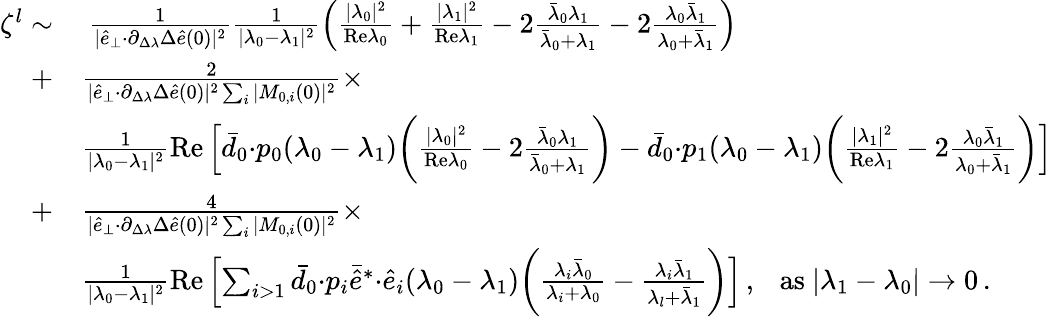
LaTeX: \begin{array}{rl}{\zeta^{l}\sim}&{~\frac{1}{\vert\hat{e}_{\perp}{\cdot}\partial_{\Delta\lambda}\Delta\hat{e}(0)\vert^{2}}\frac{1}{\vert\lambda_{0}-\lambda_{1}\vert^{2}}\left(\frac{\vert\lambda_{0}\vert^{2}}{\mathrm{Re}\lambda_{0}}+\frac{\vert\lambda_{1}\vert^{2}}{\mathrm{Re}\lambda_{1}}-2\frac{\bar{\lambda}_{0}\lambda_{1}}{\bar{\lambda}_{0}+\lambda_{1}}-2\frac{\lambda_{0}\bar{\lambda}_{1}}{\lambda_{0}+\bar{\lambda}_{1}}\right)}\\ {+}&{\frac{2}{\vert\hat{e}_{\perp}{\cdot}\partial_{\Delta\lambda}\Delta\hat{e}(0)\vert^{2}\sum_{i}\vert M_{0,i}(0)\vert^{2}}\times}\\ &{\frac{1}{\vert\lambda_{0}-\lambda_{1}\vert^{2}}\mathrm{Re}\left[\bar{d}_{0}{\cdot}p_{0}(\lambda_{0}-\lambda_{1})\bigg(\frac{\vert\lambda_{0}\vert^{2}}{\mathrm{Re}\lambda_{0}}-2\frac{\bar{\lambda}_{0}\lambda_{1}}{\bar{\lambda}_{0}+\lambda_{1}}\bigg)-\bar{d}_{0}{\cdot}p_{1}(\lambda_{0}-\lambda_{1})\bigg(\frac{\vert\lambda_{1}\vert^{2}}{\mathrm{Re}\lambda_{1}}-2\frac{\lambda_{0}\bar{\lambda}_{1}}{\lambda_{0}+\bar{\lambda}_{1}}\bigg)\right]}\\ {+}&{\frac{4}{\vert\hat{e}_{\perp}{\cdot}\partial_{\Delta\lambda}\Delta\hat{e}(0)\vert^{2}\sum_{i}\vert M_{0,i}(0)\vert^{2}}\times}\\ &{\frac{1}{\vert\lambda_{0}-\lambda_{1}\vert^{2}}\mathrm{Re}\left[\sum_{i>1}\bar{d}_{0}{\cdot}p_{i}\bar{\hat{e}}^{*}{\cdot}\hat{e}_{i}(\lambda_{0}-\lambda_{1})\bigg(\frac{\lambda_{i}\bar{\lambda}_{0}}{\lambda_{i}+\lambda_{0}}-\frac{\lambda_{i}\bar{\lambda}_{1}}{\lambda_{l}+\bar{\lambda}_{1}}\bigg)\right]\, ,~~~\mathrm{as}~\vert\lambda_{1}-\lambda_{0}\vert\rightarrow 0\, .}\end{array}